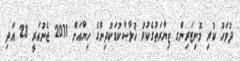
ދުވަހު ކުރި މޮނިޓަރިންގ ޒިޔާރަތުގެކުރު ޚުލާޞާކުޑަކުދިންގެ ހިޔާއަށް 2011 ޖެނުއަރީ 23 އަދި